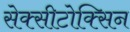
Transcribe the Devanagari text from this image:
सेक्सीटोक्सिन